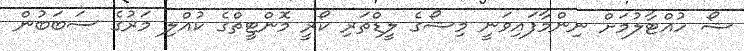
ޝޯ ހުއްޓާލުމަށް ނިންމާފައިވަނީ މިޝޯގެ ލީޑްތަރި ކޯރީ މޮންޓީތްގެ ކުއްލި މަރުގެ ސަބަބުން